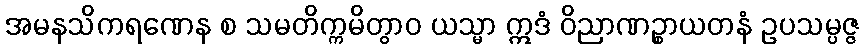
အမနသိကရဏေန စ သမတိက္ကမိတွာဝ ယသ္မာ ဣဒံ ဝိညာဏဉ္စာယတနံ ဥပသမ္ပဇ္ဇ